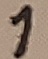
Text: 1